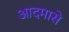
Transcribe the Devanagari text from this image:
आदमासे